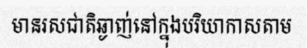
មានរសជាតិឆ្ងាញ់នៅក្នុងបរិយាកាសតាម